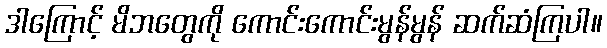
ဒါကြောင့် မိဘတွေကို ကောင်းကောင်းမွန်မွန် ဆက်ဆံကြပါ။